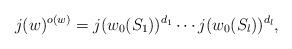
LaTeX: \begin{align*}j(w)^{o(w)}=j(w_0(S_1))^{d_1}\cdots j(w_0(S_l))^{d_l},\end{align*}